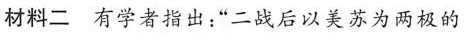
材料二 有学者指出：“二战后以美苏为两极的